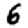
Digit: 6